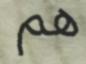
هم